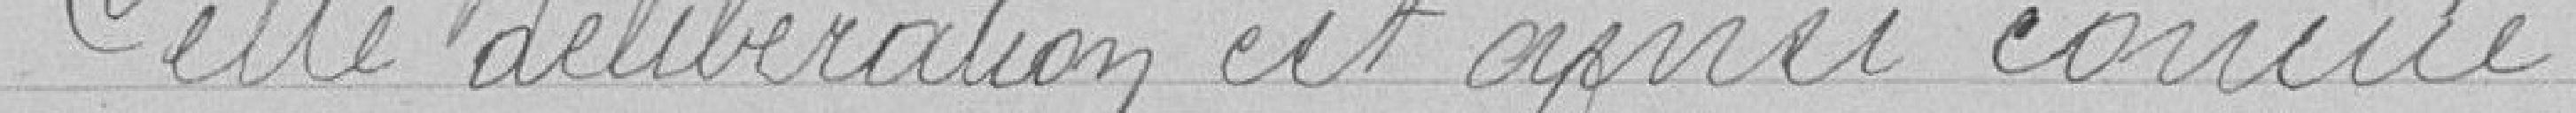
Cette délibération est ainsi conçue :